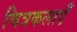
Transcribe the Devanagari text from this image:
चित्रकलाएँ